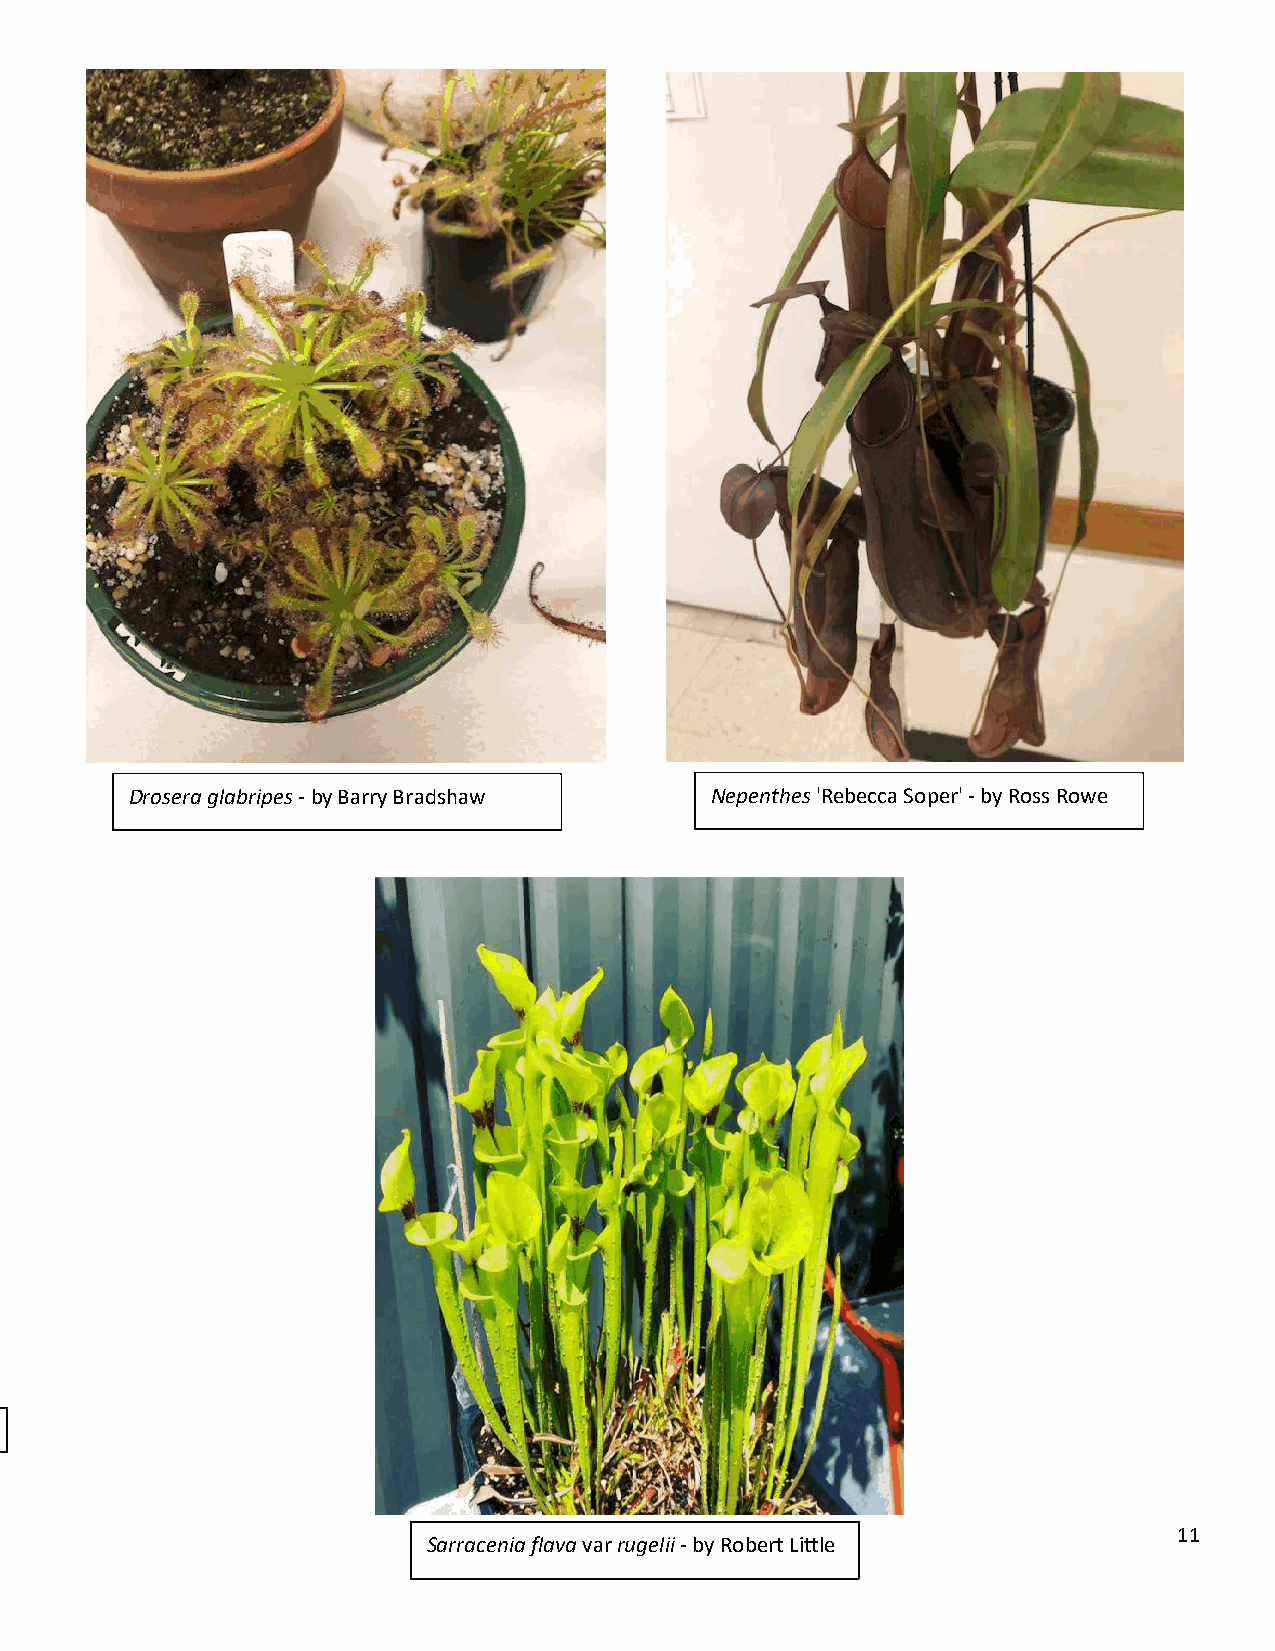
Drosera glabripes - by Barry Bradshaw Nepenthes 'Rebecca Soper' - by Ross Rowe
 Utricularia uniflora - by Dr Robert Gibson
 11
 Sarracenia flava var rugelii - by Robert Little